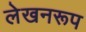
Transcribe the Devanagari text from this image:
लेखनरूप